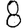
Digit: 8